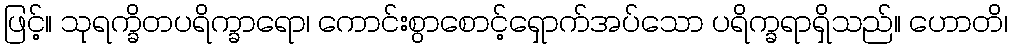
ဖြင့်။ သုရက္ခိတပရိက္ခာရော၊ ကောင်းစွာစောင့်ရှောက်အပ်သော ပရိက္ခရာရှိသည်။ ဟောတိ၊